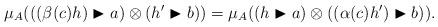
LaTeX: \begin{gather*}\mu_A (((\beta(c) h)\blacktriangleright a)\otimes (h'\blacktriangleright b)) = \mu_A ((h\blacktriangleright a)\otimes((\alpha(c)h')\blacktriangleright b)).\end{gather*}